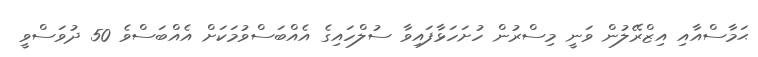
ޙަމާސްއާއި އިޒްރޭލުން ވަނީ މިސްރުން ހުށަހަޅާފައިވާ ސުލްހައިގެ އެއްބަސްވުމަކަށް އެއްބަސްވެ 50 ދުވަސްވީ